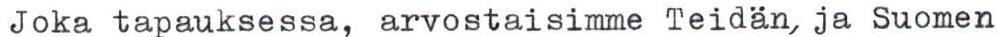
Joka tapauksessa, arvostaisimme Teidän, ja Suomen